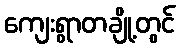
ကျေးရွာတချို့တွင်